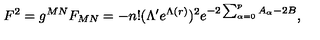
F ^ { 2 } = g ^ { M N } F _ { M N } = - n ! ( \Lambda ^ { \prime } e ^ { \Lambda ( r ) } ) ^ { 2 } e ^ { - 2 \sum _ { \alpha = 0 } ^ { p } A _ { \alpha } - 2 B } ,